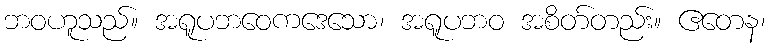
ဘဝဟူသည်။ အရူပဘဝေကဒေသော၊ အရူပဘဝ အစိတ်တည်း။ ဧတေန၊